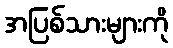
အပြစ်သားများကို